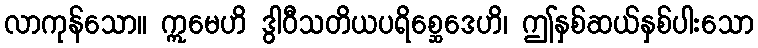
လာကုန်သော။ ဣမေဟိ ဒွါဝီသတိယပရိစ္ဆေဒေဟိ၊ ဤနှစ်ဆယ်နှစ်ပါးသော